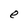
Character: e